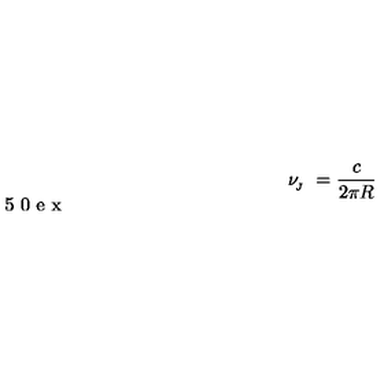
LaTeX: \nu _ { \! _ { J } } \ = \frac { c } { 2 \pi R } \vspace { . 5 0 e x }